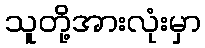
သူတို့အားလုံးမှာ